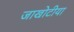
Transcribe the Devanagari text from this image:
जाखोटीया